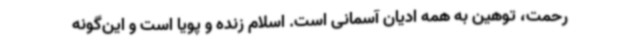
رحمت، توهین به همه ادیان آسمانی است. اسلام زنده و پویا است و این‌گونه